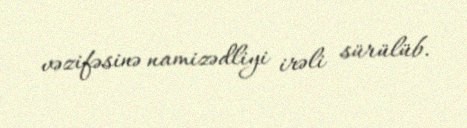
vəzifəsinə namizədliyi irəli sürülüb.